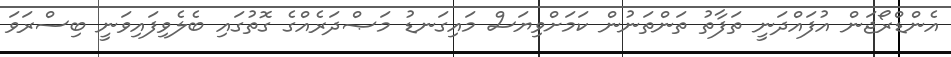
އެންޑްރޯޖަން އުފައްދަނީ ތަފާތު ތަންތަނުން ކަމަށްވިޔަސް މައިގަނޑު މަޞްދަރެއްގެ ގޮތުގައި ބެލެވިފައިވަނީ ބިސްރަވަ